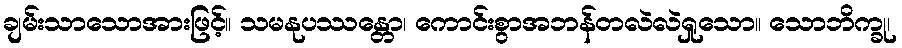
ချမ်းသာသောအားဖြင့်။ သမနုပဿန္တော၊ ကောင်းစွာအဘန်တလဲလဲရှုသော။ သောဘိက္ခု၊